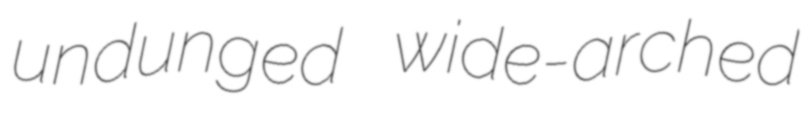
undunged wide-arched